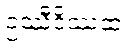
ဥဿီဒိဿထ